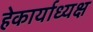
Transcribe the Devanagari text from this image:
हेकार्याध्यक्ष